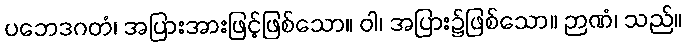
ပဘေဒဂတံ၊ အပြားအားဖြင့်ဖြစ်သော။ ဝါ၊ အပြား၌ဖြစ်သော။ ဉာဏံ၊ သည်။